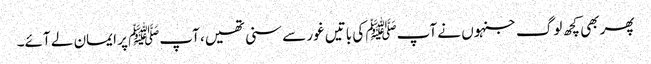
پھر بھی کچھ لوگ جنہوں نے آپﷺ کی باتیں غور سے سنی تھیں، آپﷺ پر ایمان لے آئے۔